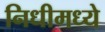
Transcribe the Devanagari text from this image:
निधीमध्ये